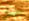
بعمل